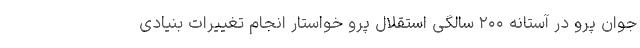
جوان پرو در آستانه ۲۰۰ سالگی استقلال پرو خواستار انجام تغییرات بنیادی